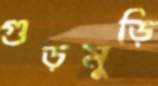
গুড়মুড়ি